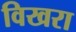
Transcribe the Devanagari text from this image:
विखरा